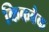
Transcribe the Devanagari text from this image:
किकबैक